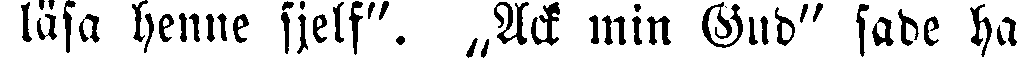
läsa henne sjelf". „Ack min Gud" sade ha